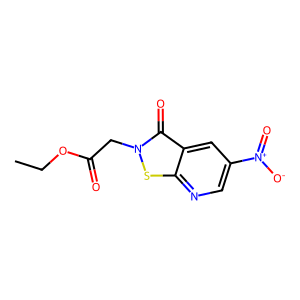
SMILES: CCOC(=O)Cn1sc2ncc([N+](=O)[O-])cc2c1=O
Inhibits HIV replication: Yes